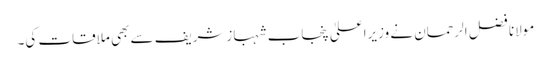
مولانا فضل الرحمان نے وزیراعلیٰ پنجاب شہبازشریف سے بھی ملاقات کی۔